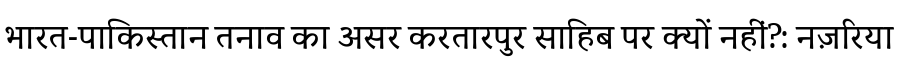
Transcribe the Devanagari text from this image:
भारत-पाकिस्तान तनाव का असर करतारपुर साहिब पर क्यों नहीं?: नज़रिया